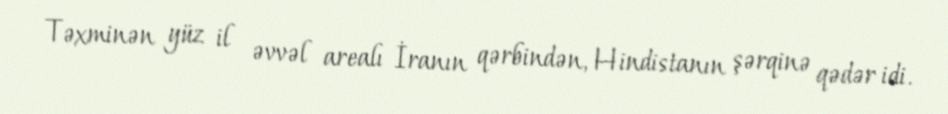
Təxminən yüz il əvvəl arealı İranın qərbindən, Hindistanın şərqinə qədər idi.